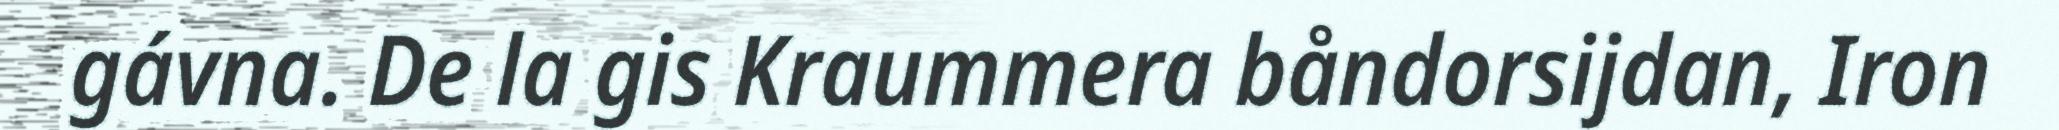
gávna. De la gis Kraummera båndorsijdan, Iron